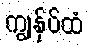
ကျွန်ုပ်ထံ